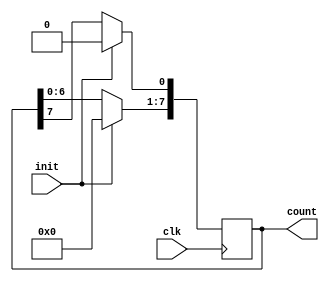
module ring_counter (clk, init, count);

   input clk, init;
   output reg [7:0] count;
   
   always @ (posedge clk)
    begin
       if (init) count = 8'b100000000;
    
        else begin
                 count <= count << 1;
                 count[0] <= count[7];
          end
    end
endmodule